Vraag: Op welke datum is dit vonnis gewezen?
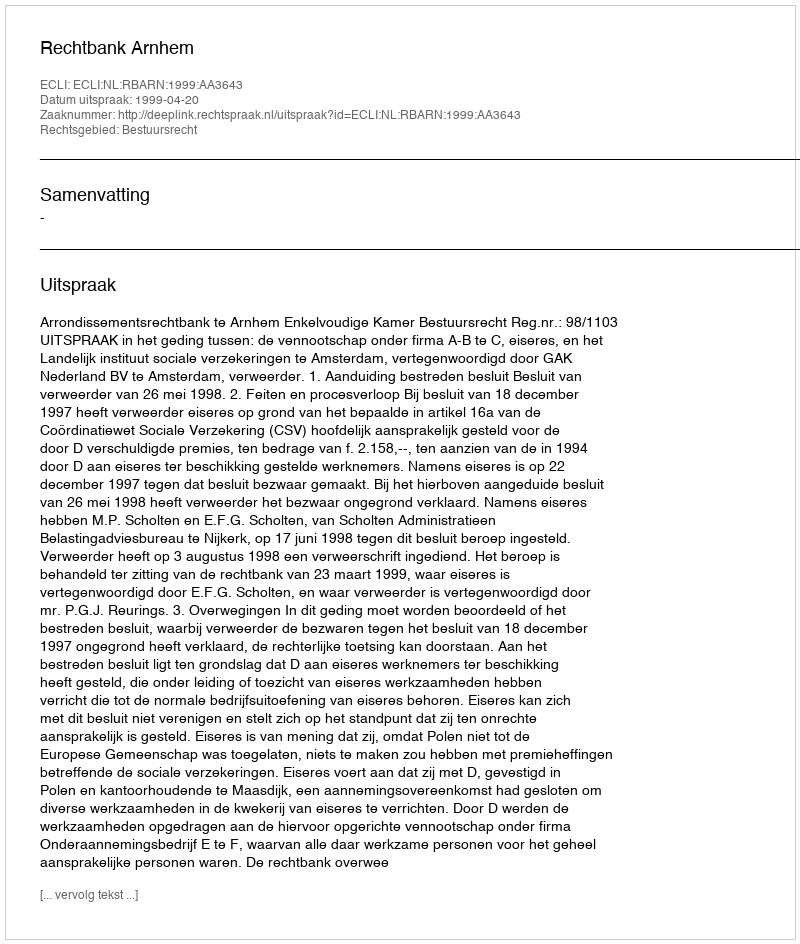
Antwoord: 1999-04-20